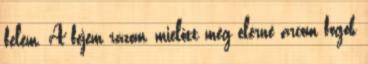
felém. A fejem rázom, mielőtt még elérné arcom fogok